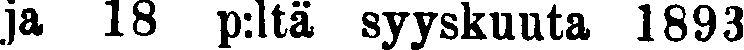
ja 18 p:ltä syyskuuta 1893